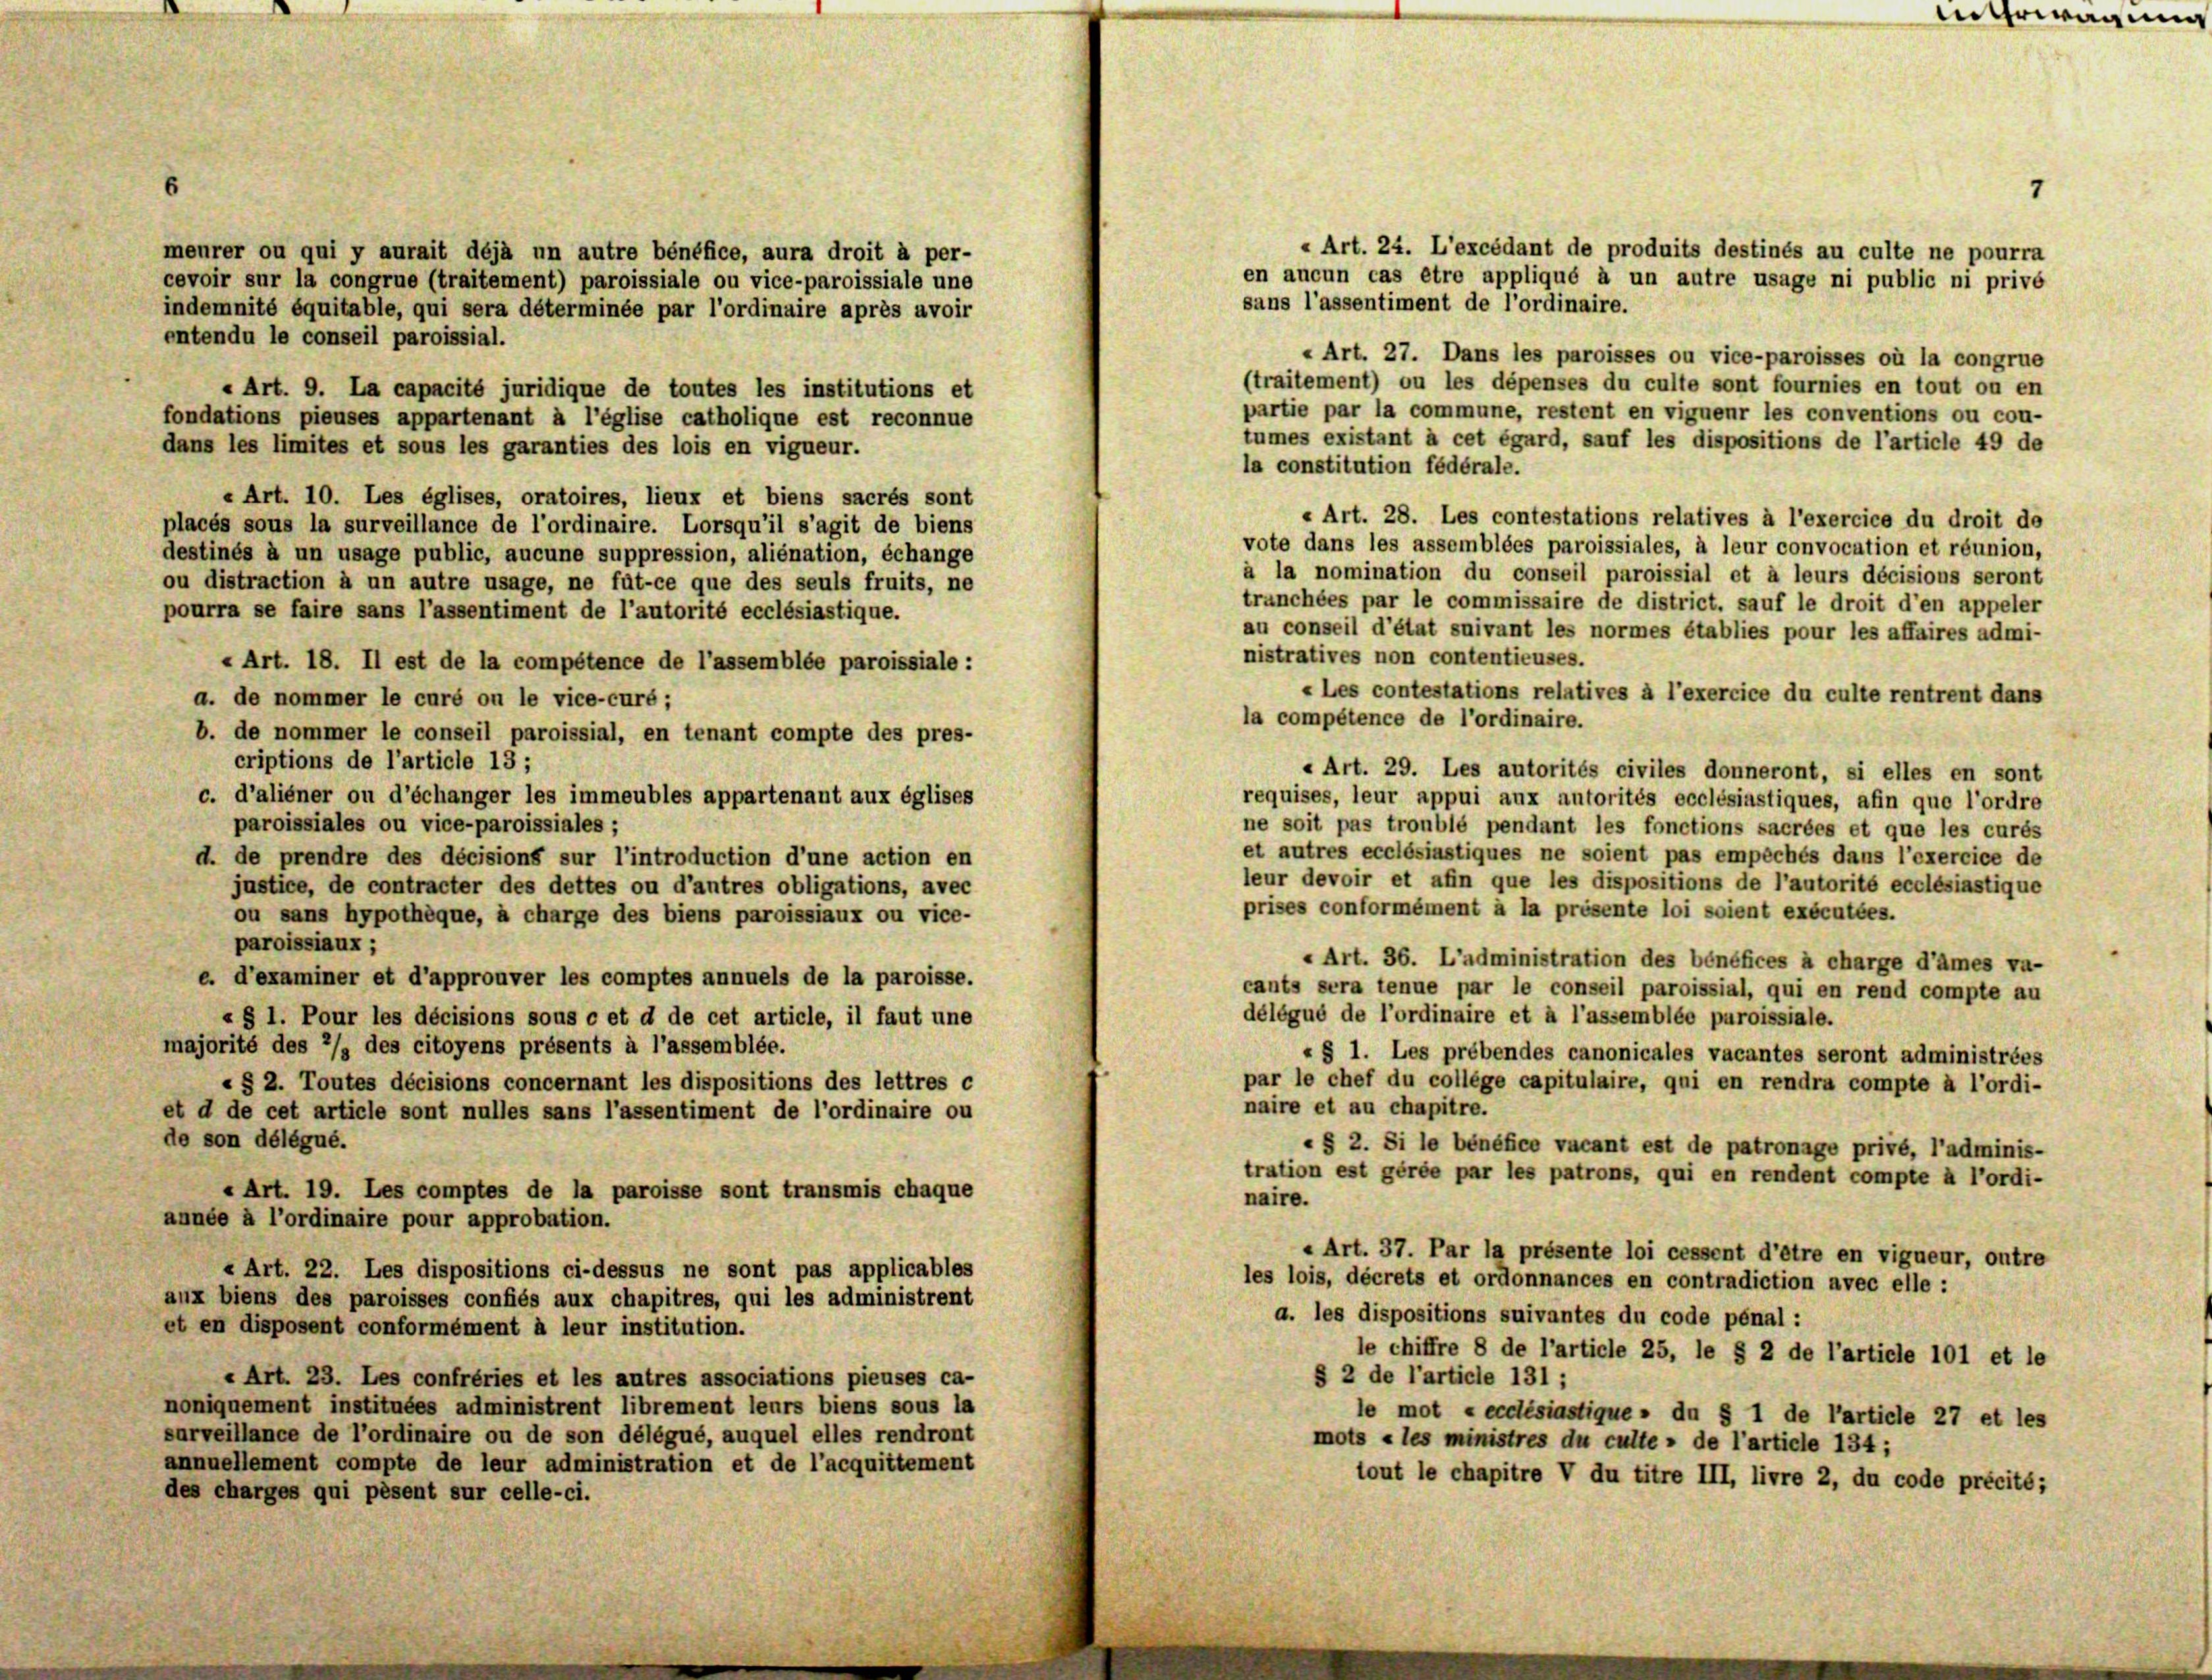
6

« Art. 24. L’excédant de produits destinés au culte ne pourra
meurer ou qui y aurait déjà un autre bénéfice, aura droit à per-
en aucun cas être appliqué à un autre usage ni public ni privé
cevoir sur la congrue (traitement) paroissiale ou vice-paroissiale une
sans l’assentiment de l’ordinaire.
indemnité équitable, qui sera déterminée par l’ordinaire après avoir
entendu le conseil paroissial.
« Art. 27. Dans les paroisses ou vice-paroisses où la congrue
(traitement) ou les dépenses du culte sont fournies en tout ou en
« Art. 9. La capacité juridique de toutes les institutions et
partie par la commune, restent en vigueur les conventions ou cou-
fondations pieuses appartenant à l’église catholique est reconnue
tumes existant à cet égard, sauf les dispositions de l’article 49 de
dans les limites et sous les garanties des lois en vigueur.
la constitution fédérale.
« Art. 10. Les églises, oratoires, lieux et biens sacrés sont
« Art. 28. Les contestations relatives à l’exercice du droit de
placés sous la surveillance de l’ordinaire. Lorsqu’il s’agit de biens
vote dans les assemblées paroissiales, à leur convocation et réunion,
destinés à un usage public, aucune suppression, aliénation, échange
à la nomination du conseil paroissial et à leurs décisions seront
ou distraction à un autre usage, ne füt-ce que des seuls fruits, ne
tranchées par le commissaire de district, sauf le droit d’en appeler
pourra se faire sans l’assentiment de l’autorité ecclésiastique.
au conseil d’état suivant les normes établies pour les affaires admi-
nistratives non contentieuses.
« Art. 18. Il est de la compétence de l’assemblée paroissiale :
«Les contestations relatives à l’exercice du culte rentrent dans
a. de nommer le curé ou le vice-curé;
la compétence de l’ordinaire.
b. de nommer le conseil paroissial, en tenant compte des pres-
criptions de l’article 13 ;
« Art. 29. Les autorités civiles donneront, si elles en sont
c. d’aliéner ou d’échanger les immeubles appartenant aux églises
requises, leur appui aux autorités ecclésiastiques, afin que l’ordre
paroissiales ou vice-paroissiales ;
ne soit pas troublé pendant les fonctions sacrées et que les curés
et autres ecclésiastiques ne soient pas empêchés dans l’exercice de
d. de prendre des décisions sur l’introduction d’une action en
leur devoir et afin que les dispositions de l’autorité ecclésiastique
justice, de contracter des dettes ou d’autres obligations, avec
prises conformément à la présente loi soient exécutées.
ou sans hypothèque, à charge des biens paroissiaux ou vice-
paroissiaux ;
« Art. 36. L’administration des bénéfices à charge d’ames va-
e d’examiner et d’approuver les comptes annuels de la paroisse.
cants sera tenue par le conseil paroissial, qui en rend compte au
délégué de l’ordinaire et à l’assemblée puroissiale.
« § 1. Pour les décisions sous c et d de cet article, il faut une
majorité des 2/3 des citoyens présents à l’assemblée.
«§ 1. Les prebendes canonicales vacantes seront administrées
par le chef du college capitulaire, qui en rendra compte à l’ordi-
«§ 2. Toutes décisions concernant les dispositions des lettres c
naire et au chapitre.
et d de cet article sont nulles sans l’assentiment de l’ordinaire ou
de son délégué.
«§ 2. Si le bénéfice vacant est de patronage privé, l’adminis-
tration est gérée par les patrons, qui en rendent compte à l’ordi-
« Art. 19. Les comptes de la paroisse sont transmis chaque
naire.
année à l’ordinaire pour approbation.
« Art. 37. Par la présente loi cessent d’être en vigueur, outre
« Art. 22. Les dispositions ci-dessus ne sont pas applicables
les lois, décrets et ordonnances en contradiction avec elle :
aux biens des paroisses confiés aux chapitres, qui les administrent
a. les dispositions suivantes du code pénal:
et en disposent conformément à leur institution.
le chiffre 8 de l’article 25, le § 2 de l’article 101 et le
§ 2 de l’article 131 ;
« Art. 23. Les confréries et les autres associations pieuses ca-
noniquement instituées administrent librement leurs biens sous la
le mot « ecclésiastique » du § 1 de l’article 27 et les
surveillance de l’ordinaire ou de son délégué, auquel elles rendront
mots « les ministres du culte - de l’article 134;
annuellement compte de leur administration et de l’acquittement
tout le chapitre V du titre III, livre 2, du code précité;
des charges qui pesent sur celle-ci.

Unterwägung

7